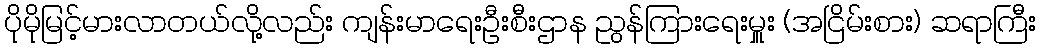
ပိုမိုမြင့်မားလာတယ်လို့လည်း ကျန်းမာရေးဦးစီးဌာန ညွန်ကြားရေးမှူး (အငြိမ်းစား) ဆရာကြီး